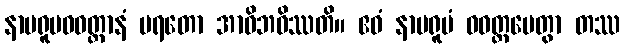
နာမရူပဝဝတ္ထာနံ ပရတော အာဝိဘဝိဿတိ။ ဧဝံ နာမရူပံ ဝဝတ္ထပေတွာ တဿ